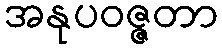
အနုပဝဇ္ဇတာ